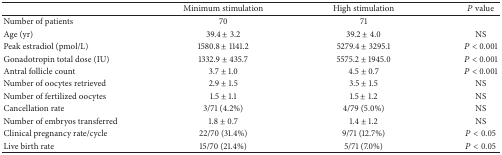
|  | Minimum stimulation | High stimulation | P value |
 | --- | --- | --- | --- |
 | Number of patients | 70 | 71 |  |
 | Age (yr) | 39.4 ± 3.2 | 39.2 ± 4.0 | NS |
 | Peak estradiol (pmol/L) | 1580.8 ± 1141.2 | 5279.4 ± 3295.1 | P < 0.001 |
 | Gonadotropin total dose (IU) | 1332.9 ± 435.7 | 5575.2 ± 1945.0 | P < 0.001 |
 | Antral follicle count | 3.7 ± 1.0 | 4.5 ± 0.7 | P < 0.001 |
 | Number of oocytes retrieved | 2.9 ± 1.5 | 3.5 ± 1.5 | NS |
 | Number of fertilized oocytes | 1.5 ± 1.1 | 1.5 ± 1.2 | NS |
 | Cancellation rate | 3/71 (4.2%) | 4/79 (5.0%) | NS |
 | Number of embryos transferred | 1.8 ± 0.7 | 1.4 ± 1.2 | NS |
 | Clinical pregnancy rate/cycle | 22/70 (31.4%) | 9/71 (12.7%) | P < 0.05 |
 | Live birth rate | 15/70 (21.4%) | 5/71 (7.0%) | P < 0.05 |